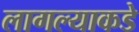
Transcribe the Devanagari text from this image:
लागल्याकडे